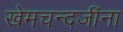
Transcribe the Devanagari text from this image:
खेमचन्दजींना